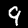
Digit: 9